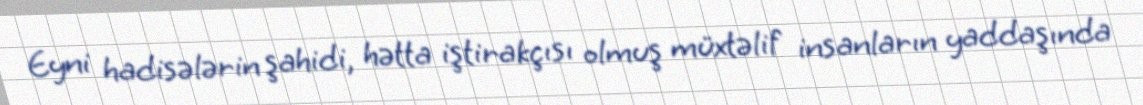
Eyni hadisələrin şahidi, hətta iştirakçısı olmuş müxtəlif insanların yaddaşında